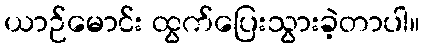
ယာဉ်မောင်း ထွက်ပြေးသွားခဲ့တာပါ။